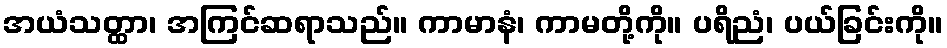
အယံသတ္ထာ၊ အကြင်ဆရာသည်။ ကာမာနံ၊ ကာမတို့ကို။ ပရိညံ၊ ပယ်ခြင်းကို။